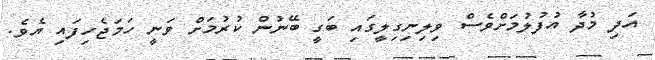
އަދި މުދާ އުފުލުމަށްވެސް ވިލިނިގިލީގައި ބަގީ ބޭނުން ކުރުމަށް ވަނީ ހަމަޖެހިފައި އެވެ.